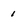
Character: 1